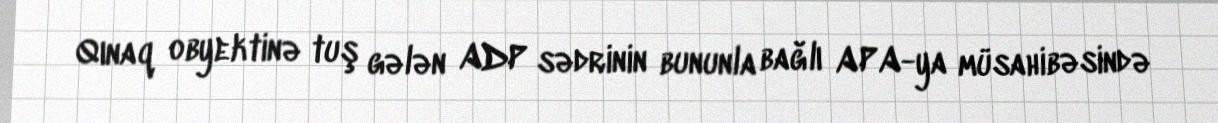
Qınaq obyektinə tuş gələn ADP sədrinin bununla bağlı APA-ya müsahibəsində